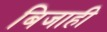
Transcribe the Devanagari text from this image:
बिजाही